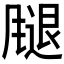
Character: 𫗁